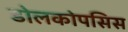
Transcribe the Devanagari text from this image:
डोलकोपसिस